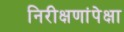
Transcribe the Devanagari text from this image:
निरीक्षणांपेक्षा